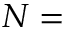
N =